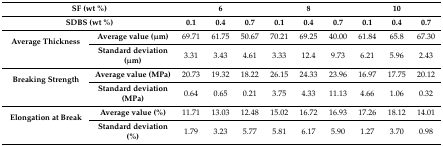
| <COLSPAN=2> SF (wt %) | <COLSPAN=3> 6 | <COLSPAN=3> 8 | <COLSPAN=3> 10 |
 | <COLSPAN=2> SDBS (wt %) | 0.1 | 0.4 | 0.7 | 0.1 | 0.4 | 0.7 | 0.1 | 0.4 | 0.7 |
 | --- | --- | --- | --- | --- | --- | --- | --- | --- | --- | --- |
 | <ROWSPAN=2> Average Thickness | Average value (μm) | 69.71 | 61.75 | 50.67 | 70.21 | 69.25 | 40.00 | 61.84 | 65.8 | 67.30 |
 | Standard deviation (μm) | 3.31 | 3.43 | 4.61 | 3.33 | 12.4 | 9.73 | 6.21 | 5.96 | 2.43 |
 | <ROWSPAN=2> Breaking Strength | Average value (MPa) | 20.73 | 19.32 | 18.22 | 26.15 | 24.33 | 23.96 | 16.97 | 17.75 | 20.12 |
 | Standard deviation (MPa) | 0.64 | 0.65 | 0.21 | 3.75 | 4.33 | 11.13 | 4.66 | 1.06 | 0.32 |
 | <ROWSPAN=2> Elongation at Break | Average value (%) | 11.71 | 13.03 | 12.48 | 15.02 | 16.72 | 16.93 | 17.26 | 18.12 | 14.01 |
 | Standard deviation (%) | 1.79 | 3.23 | 5.77 | 5.81 | 6.17 | 5.90 | 1.27 | 3.70 | 0.98 |